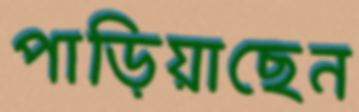
পাড়িয়াছেন